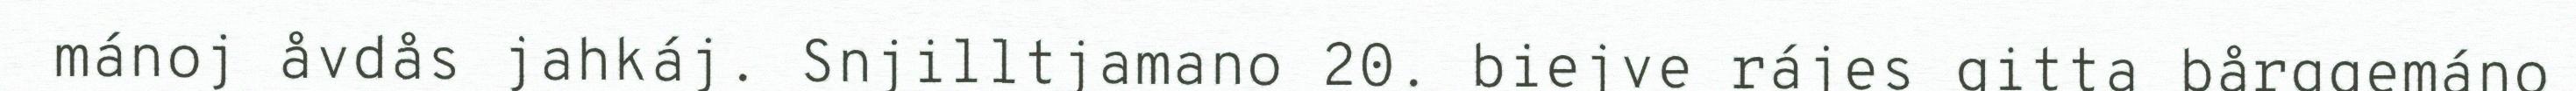
mánoj åvdås jahkáj. Snjilltjamano 20. biejve rájes gitta bårggemáno